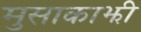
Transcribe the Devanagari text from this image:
मुसाकाझी